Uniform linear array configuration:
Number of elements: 24
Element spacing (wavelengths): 1
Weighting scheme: exponential
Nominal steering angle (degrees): -60
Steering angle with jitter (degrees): -59.701
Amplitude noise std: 0.05
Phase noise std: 0.05

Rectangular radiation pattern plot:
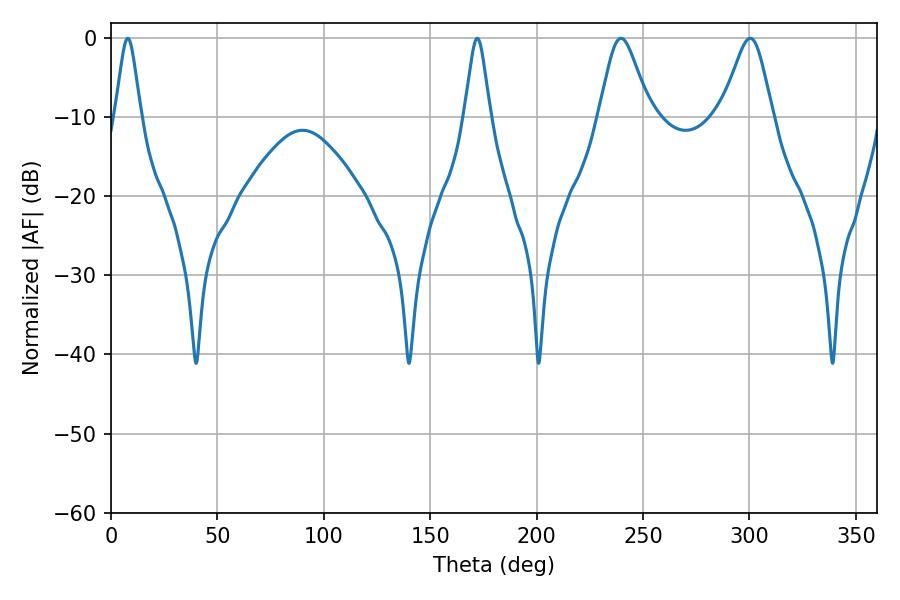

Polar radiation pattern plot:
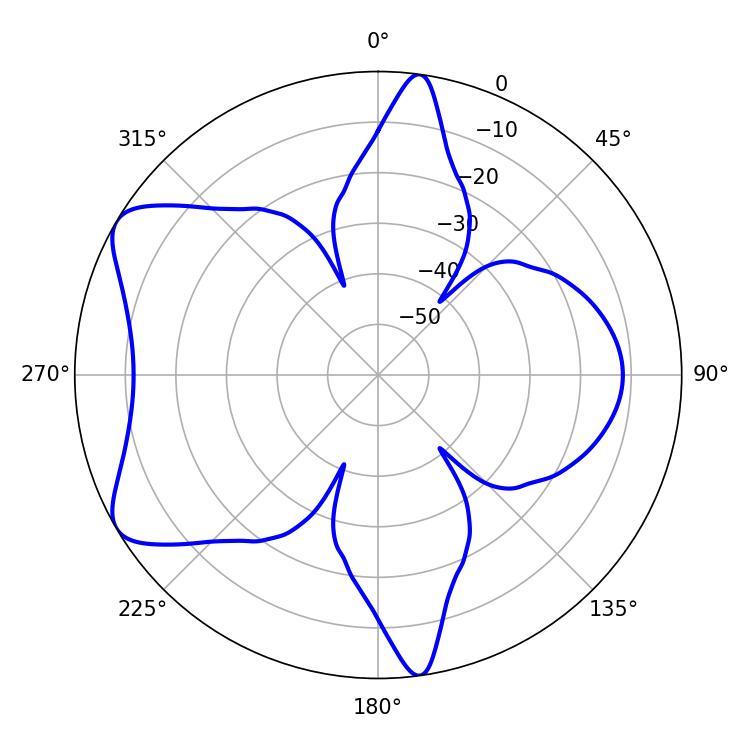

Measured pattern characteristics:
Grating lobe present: TRUE
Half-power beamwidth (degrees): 11.52
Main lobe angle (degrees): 300.42